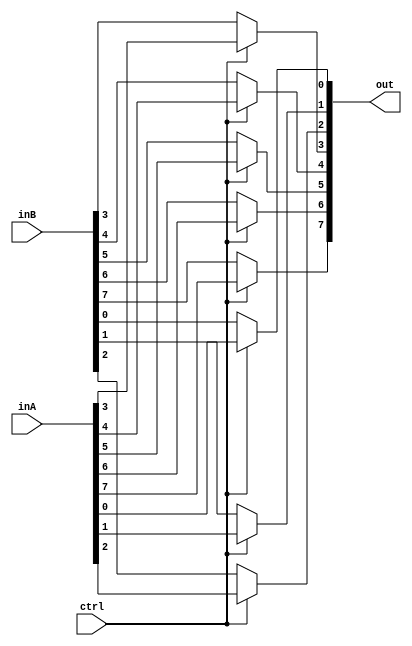
module tri8(inA, inB, ctrl, out);

	input [7:0] inA, inB;
	input ctrl;
	output [7:0] out;
	
	assign out[0] = ctrl ? inA[0] : inB[0];
	assign out[1] = ctrl ? inA[1] : inB[1];
	assign out[2] = ctrl ? inA[2] : inB[2];
	assign out[3] = ctrl ? inA[3] : inB[3];
	assign out[4] = ctrl ? inA[4] : inB[4];
	assign out[5] = ctrl ? inA[5] : inB[5];
	assign out[6] = ctrl ? inA[6] : inB[6];
	assign out[7] = ctrl ? inA[7] : inB[7];
	
endmodule